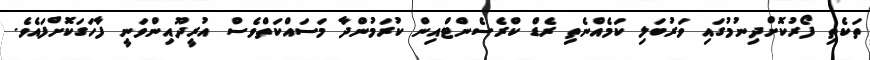
ތަކެތި ފޯރުކޮށްދިނުމުގައި ވަރުބަލި ކަމެއްނެތި ރެޑް ކްރެސެންޓްއިން ކުރަމުންދާ މަސައްކަތްވެސް އުރީދޫއިންވަނީ ފާހަގަކޮށްފައެވެ.